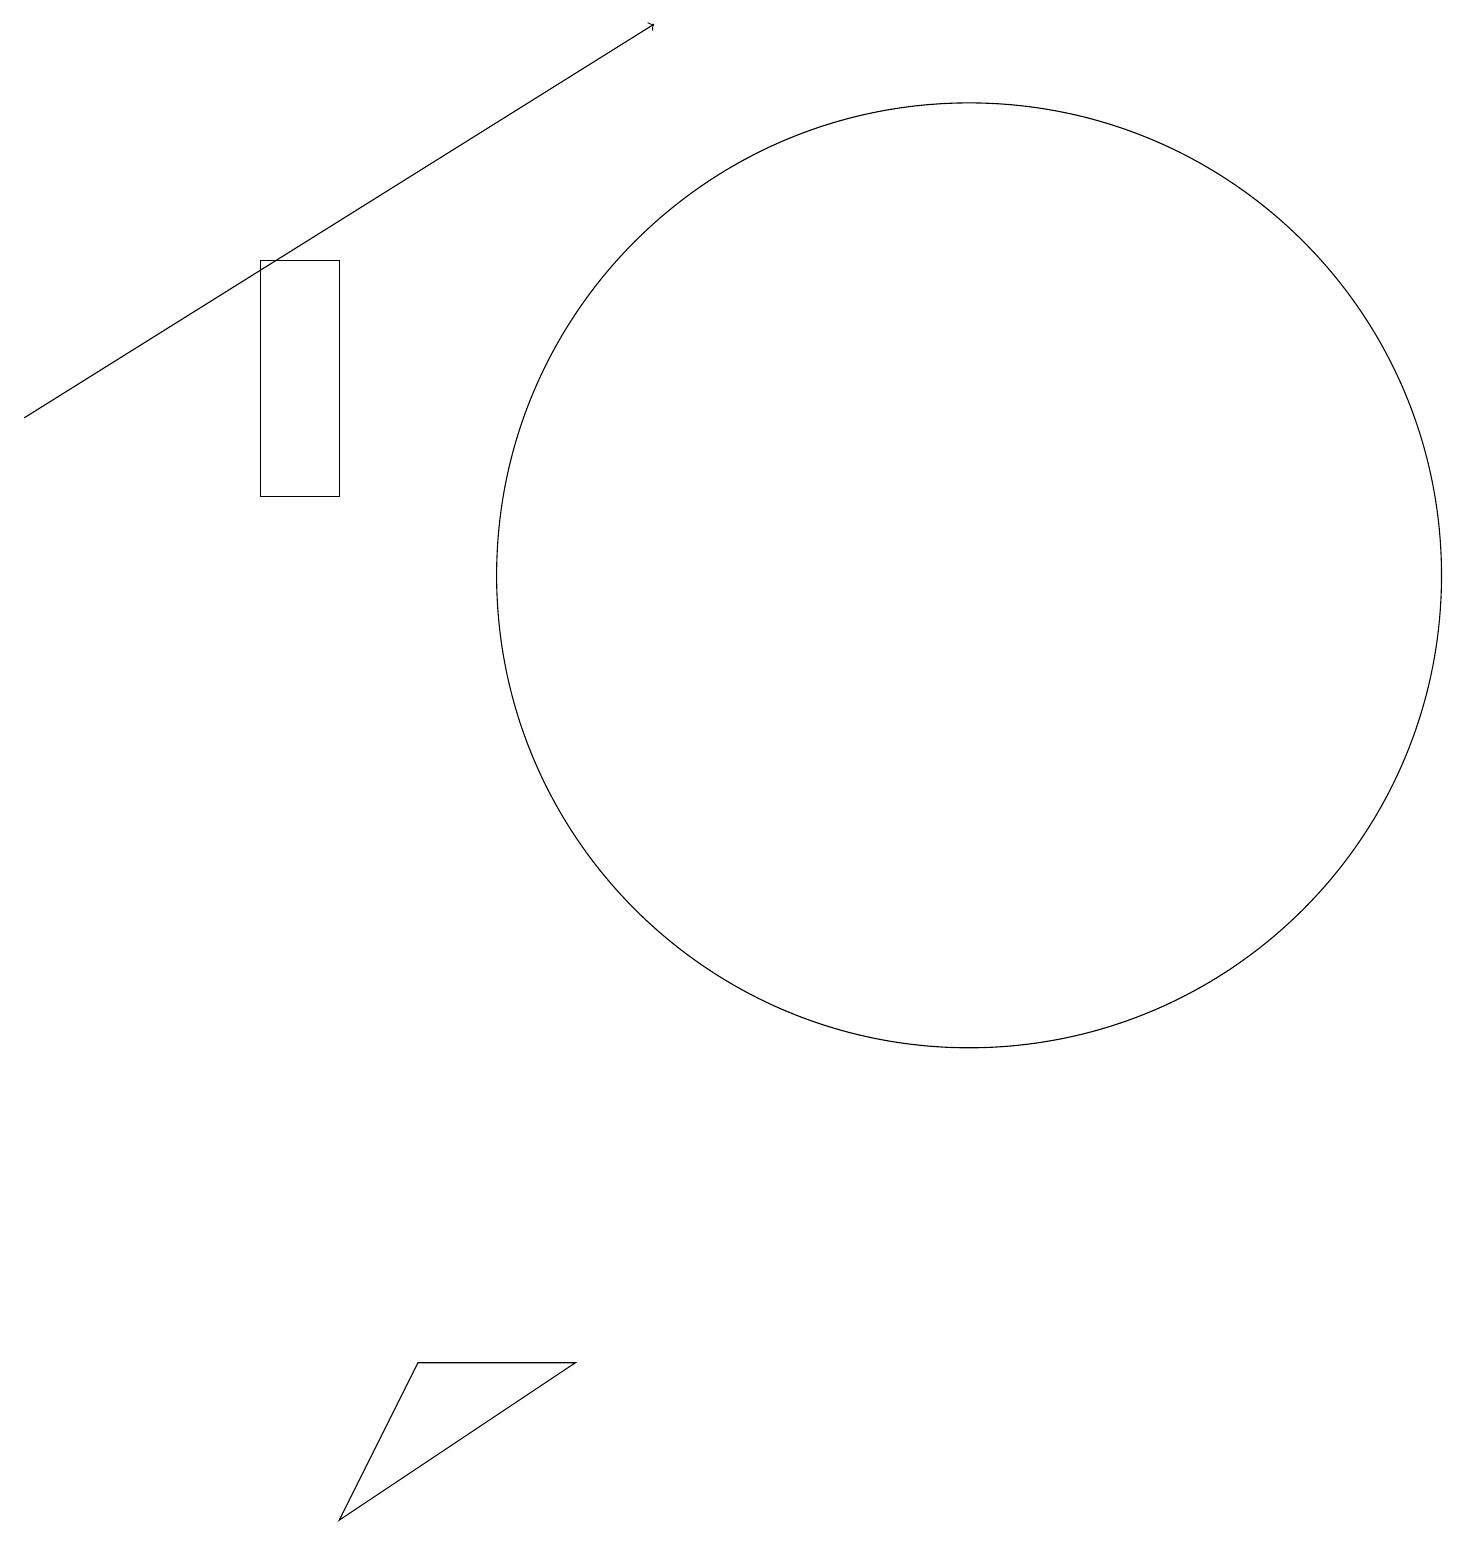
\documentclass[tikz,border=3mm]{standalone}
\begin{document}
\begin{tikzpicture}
\draw (4,16) rectangle (3,13);
\draw (12,12) circle (6);
\draw[->] (0,14) -- (8,19);
\draw (4,0) -- (5,2) -- (7,2) -- cycle;
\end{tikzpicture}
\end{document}